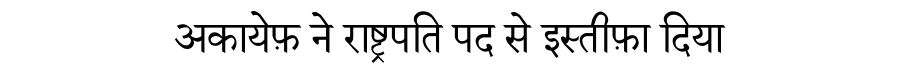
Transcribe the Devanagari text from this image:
अकायेफ़ ने राष्ट्रपति पद से इस्तीफ़ा दिया